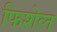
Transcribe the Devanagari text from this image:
फिशेल